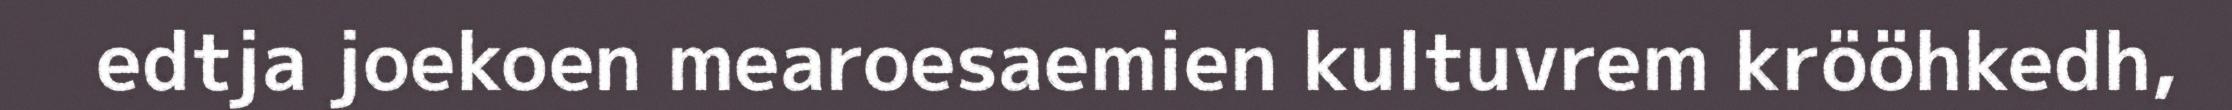
edtja joekoen mearoesaemien kultuvrem krööhkedh,